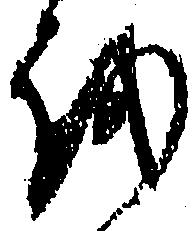
を